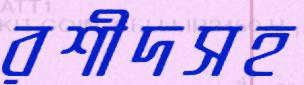
রশীদসহ